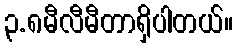
၃.၈မီလီမီတာရှိပါတယ်။